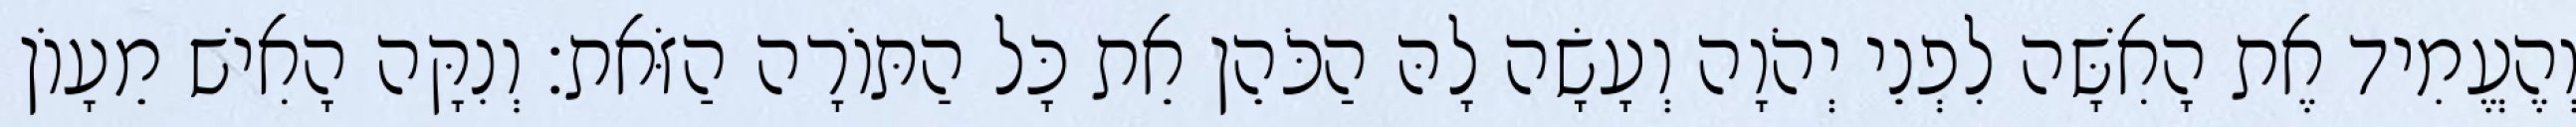
וְהֶעֱמִיד אֶת הָאִשָּׁה לִפְנֵי יְהֹוָה וְעָשָׂה לָהּ הַכֹּהֵן אֵת כָּל הַתּוֹרָה הַזֹּאת׃ וְנִקָּה הָאִישׁ מֵעָוֹן